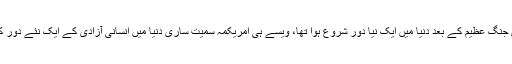
اور جیسے دوسری جنگ عظیم کے بعد دنیا میں ایک نیا دور شروع ہوا تھا، ویسے ہی امریکمہ سمیت ساری دنیا میں انسانی آزادی کے ایک نئے دور کی شروعات ہوگی۔